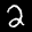
Label: 2